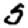
Digit: 5